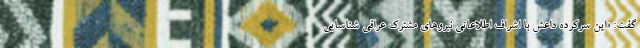
گفت: «این سرکرده داعش با اشراف اطلاعاتی نیروهای مشترک عراقی شناسایی